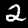
Digit: 2